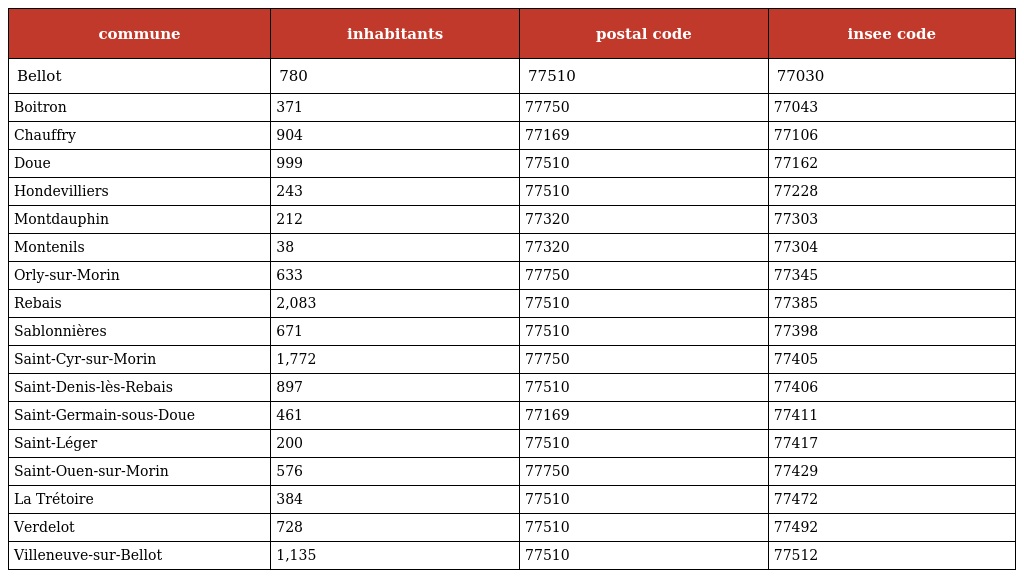
| commune | inhabitants | postal code | insee code |
 | --- | --- | --- | --- |
 | Bellot | 780 | 77510 | 77030 |
 | Boitron | 371 | 77750 | 77043 |
 | Chauffry | 904 | 77169 | 77106 |
 | Doue | 999 | 77510 | 77162 |
 | Hondevilliers | 243 | 77510 | 77228 |
 | Montdauphin | 212 | 77320 | 77303 |
 | Montenils | 38 | 77320 | 77304 |
 | Orly-sur-Morin | 633 | 77750 | 77345 |
 | Rebais | 2,083 | 77510 | 77385 |
 | Sablonnières | 671 | 77510 | 77398 |
 | Saint-Cyr-sur-Morin | 1,772 | 77750 | 77405 |
 | Saint-Denis-lès-Rebais | 897 | 77510 | 77406 |
 | Saint-Germain-sous-Doue | 461 | 77169 | 77411 |
 | Saint-Léger | 200 | 77510 | 77417 |
 | Saint-Ouen-sur-Morin | 576 | 77750 | 77429 |
 | La Trétoire | 384 | 77510 | 77472 |
 | Verdelot | 728 | 77510 | 77492 |
 | Villeneuve-sur-Bellot | 1,135 | 77510 | 77512 |